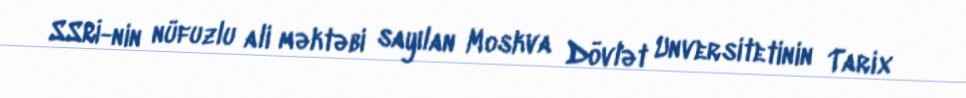
SSRİ-nin nüfuzlu ali məktəbi sayılan Moskva Dövlət Unversitetinin Tarix